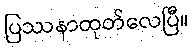
ပြဿနာထုတ်လေပြီ။